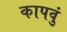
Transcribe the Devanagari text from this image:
कापवुं